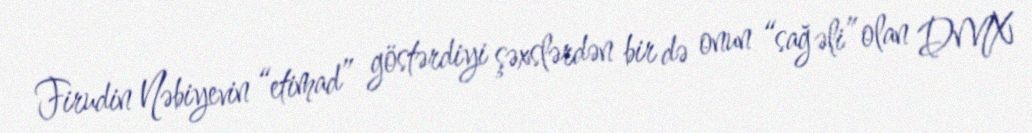
Firudin Nəbiyevin “etimad” göstərdiyi şəxslərdən bir də onun “sağ əli” olan DMX